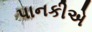
પાનકીએ